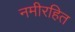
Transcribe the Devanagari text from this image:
नमीरहित